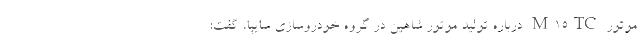
موتور M15TC درباره توليد موتور شاهين در گروه خودروسازي سايپا، گفت: